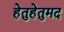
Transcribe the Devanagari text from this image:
हेतुहेतुमद